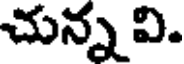
చున్న వి.